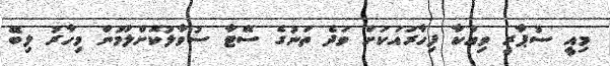
މިއީ ސުޕާރީ ވިއްކާ ފިހާރައަކަށް ވަދެ ތަނުގެ ސޭޓާ ސުވާލުކޮށްލުމުން މިހާރު ލިބޭ